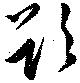
欲